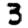
Digit: 3